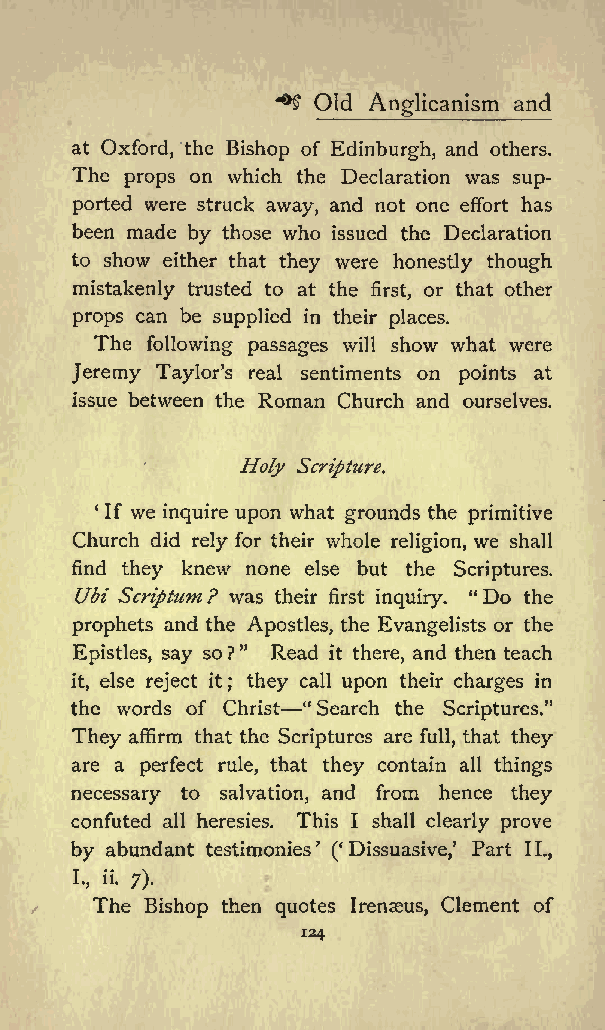
Old          and
 *&amp;gt;$ Anglicanism
 at Oxford, the Bishop of Edinburgh, and others.
 The props on which the Declaration was sup
 ported were struck away, and not one effort has
 been made by those who issued the Declaration
 to show either that they were honestly though
 mistakenly trusted to at the first, or that other
 props can be supplied in their places.
 The following passages will show what were
 Jeremy Taylors real sentiments on points at
 issue between the Roman Church and ourselves.
 Holy Scripture.
 If we inquire upon what grounds the primitive
 Church did rely for their whole religion, we shall
 find they knew none else but the Scriptures.
 Ubi Scriptum? was their first inquiry. &quot;Do the
 prophets and the Apostles, the Evangelists or the
 Epistles, say so?&quot; Read it there, and then teach
 it, else reject it ; they call upon their charges in
 the words of Christ &quot;Search the Scriptures.&quot;
 They affirm that the Scriptures are full, that they
 are a perfect rule, that they contain all things
 necessary to salvation, and from hence they
 confuted all heresies. This I shall clearly prove
 by abundant testimonies ( Dissuasive, Part II.,
 I, ii. ;)
 The Bishop then quotes Irenaeus, Clement of
 124